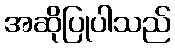
အဆိုပြုပါသည်